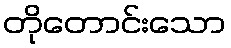
တိုတောင်းသော